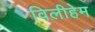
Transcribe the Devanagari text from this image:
विलीहेम